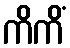
ကိကိံ